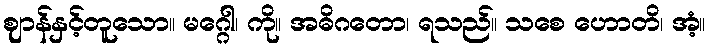
ဈာန်နှင့်တူသော။ မဂ္ဂေါ၊ ကို။ အဓိဂတော၊ ရသည်။ သစေ ဟောတိ၊ အံ့။